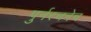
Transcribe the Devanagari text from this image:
पुर्नरचनेच